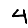
Digit: 4